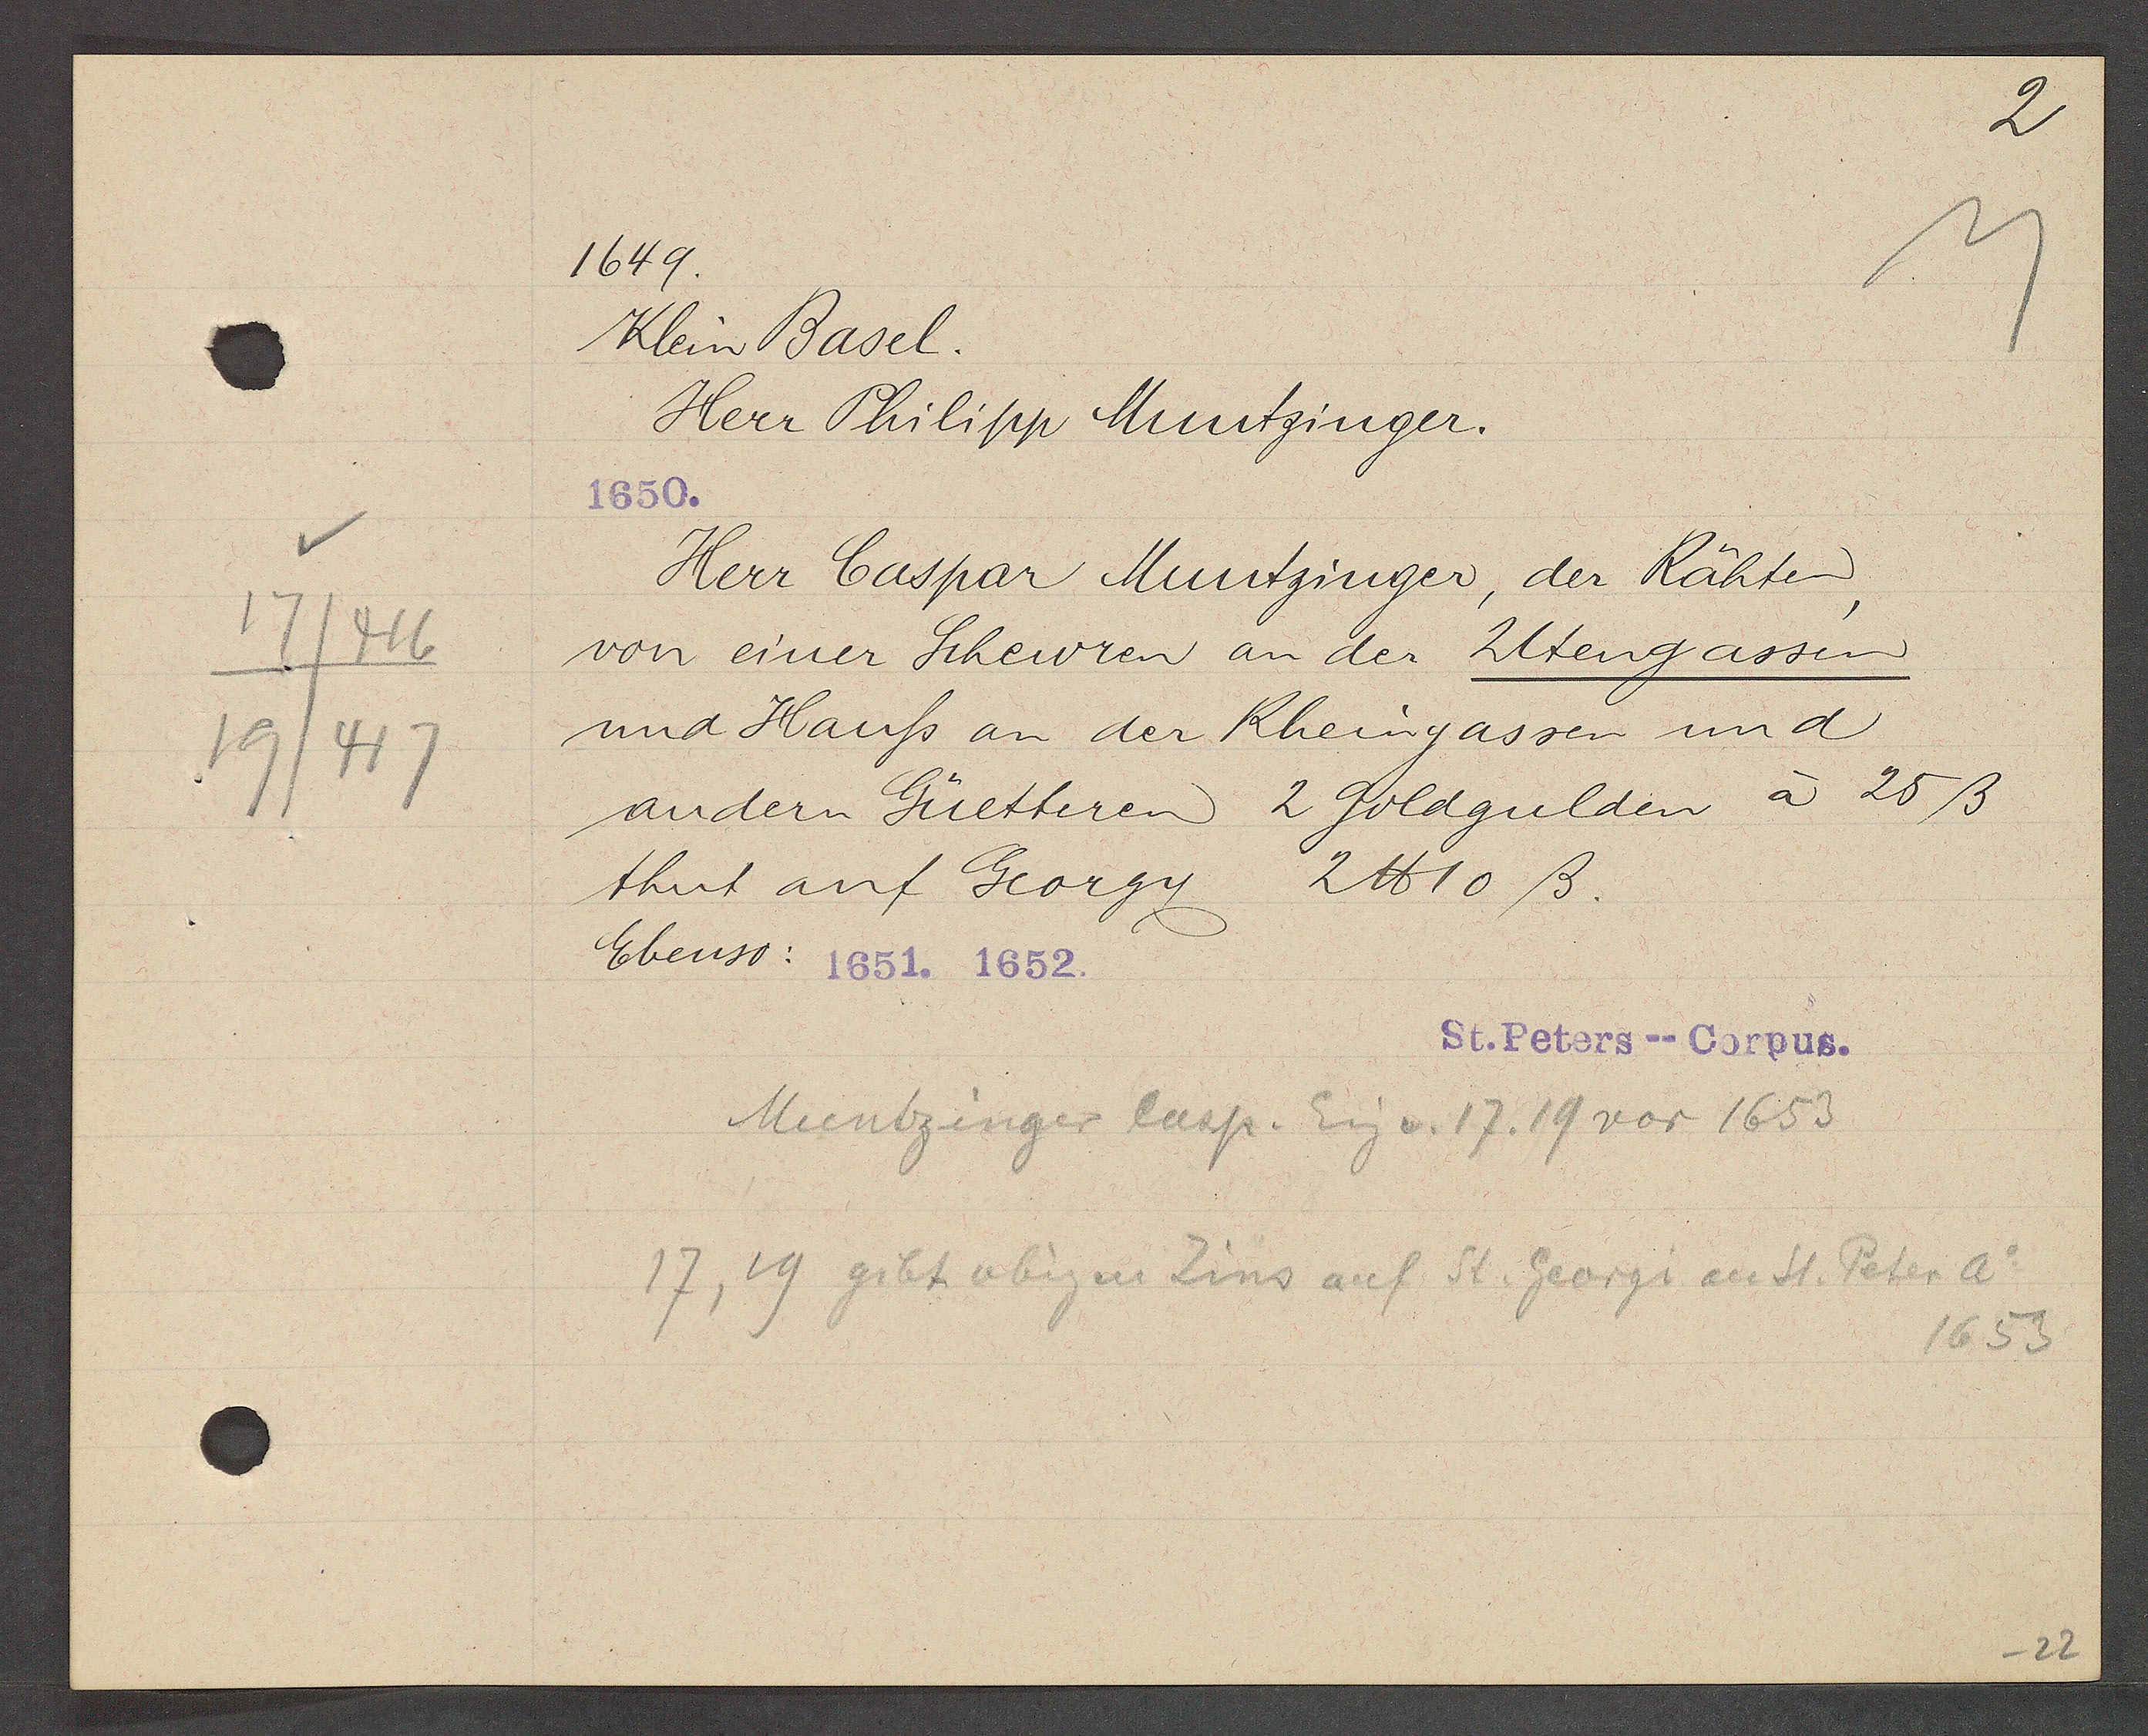
Transcript:
17/416
19/417

1649.

Klein Basel.
Herr Philipp Muntzinger.
1650.
Herr Caspar Muntzinger, der Rähten,
von einer Scheuren an der Utengassen
und Hauss an der Rheingassen und
andern Güetteren 2 Goldgulden à 25ß
thut auf Georgy 2 ℔ 10 ß.
Ebenso: 1651. 1652.

St. Peters--Corpus.

Muntzinger Casp. Eig v. 17, 19 vor 1653
17, 19 gibt obigen Zins auf St. Georgi an St. Peter Ao
1653